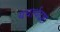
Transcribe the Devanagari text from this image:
यथार्थद्रष्टा